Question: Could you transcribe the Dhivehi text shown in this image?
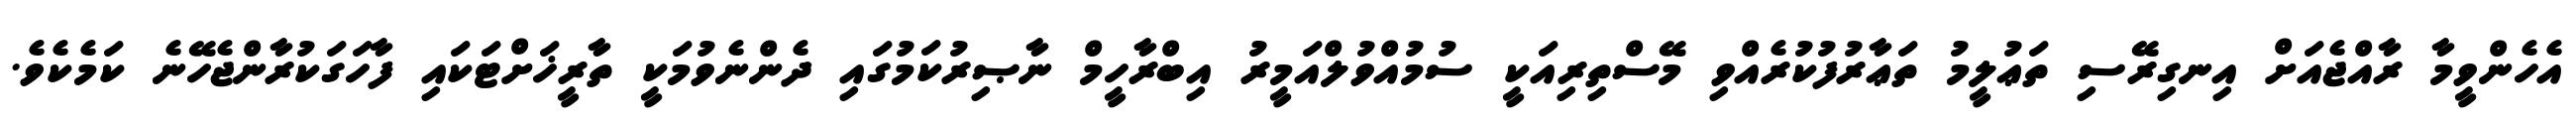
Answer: އެހެންވީމާ ރާއްޖެއަށް އިނގިރޭސި ތަޢުލީމު ތަޢާރުފުކުރެއްވި މޭސްތިރިއަކީ ސުމުއްވުލްއަމީރު އިބްރާހީމް ނާޞިރުކަމުގައި ދެންނެވުމަކީ ތާރީޚަށްޓަކައި ފާހަގަކުރާންޖެހޭނެ ކަމެކެވެ.